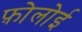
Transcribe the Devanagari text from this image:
फ़ोलोई